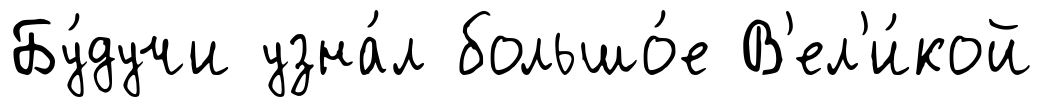
Бу́дучи узна́л большо́е В'ел'и́кой